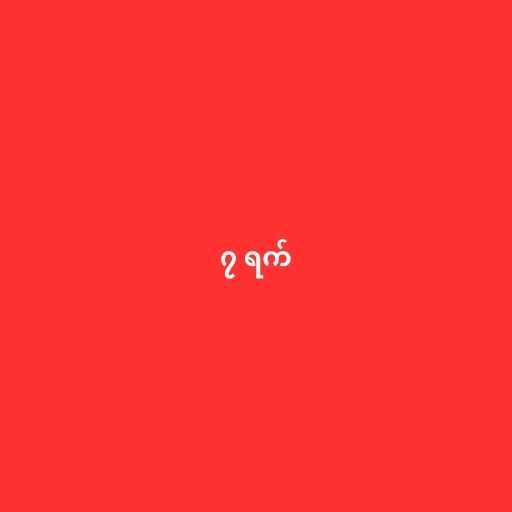
၇ ရက်